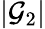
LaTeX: |\mathcal{G}_{2}|